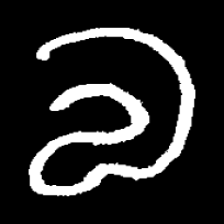
Pyu character \u2014 Myanmar letter: လ (romanized: la)